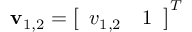
\mathbf { v } _ { 1 , 2 } = \left[ \begin{array} { l l } { v _ { 1 , 2 } } & { 1 } \end{array} \right] ^ { T }